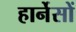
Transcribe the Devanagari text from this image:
हार्नेसों